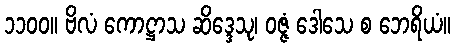
၁၁၀၀။ ဗိလံ ကောဋ္ဌာသ ဆိဒ္ဒေသု၊ ဝဇ္ဇံ ဒေါသေ စ ဘေရိယံ။